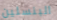
البنسلين